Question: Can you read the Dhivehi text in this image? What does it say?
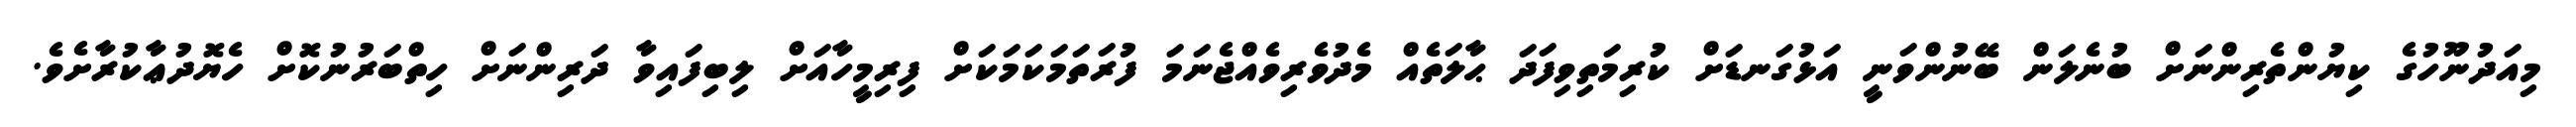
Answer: މިއަދުނޫހުގެ ކިޔުންތެރިންނަށް ބުނެލަން ބޭނުންވަނީ އަޅުގަނޑަށް ކުރިމަތިވިފަދަ ޙާލަތެއް މެދުވެރިވެއްޖެނަމަ ފުރަތަމަކަމަކަށް ފިރިމީހާއަށް ލިބިފައިވާ ދަރިންނަށް ހިތްބަރުނުކޮށް ހެޔޮދުޢާކުރާށެވެ.